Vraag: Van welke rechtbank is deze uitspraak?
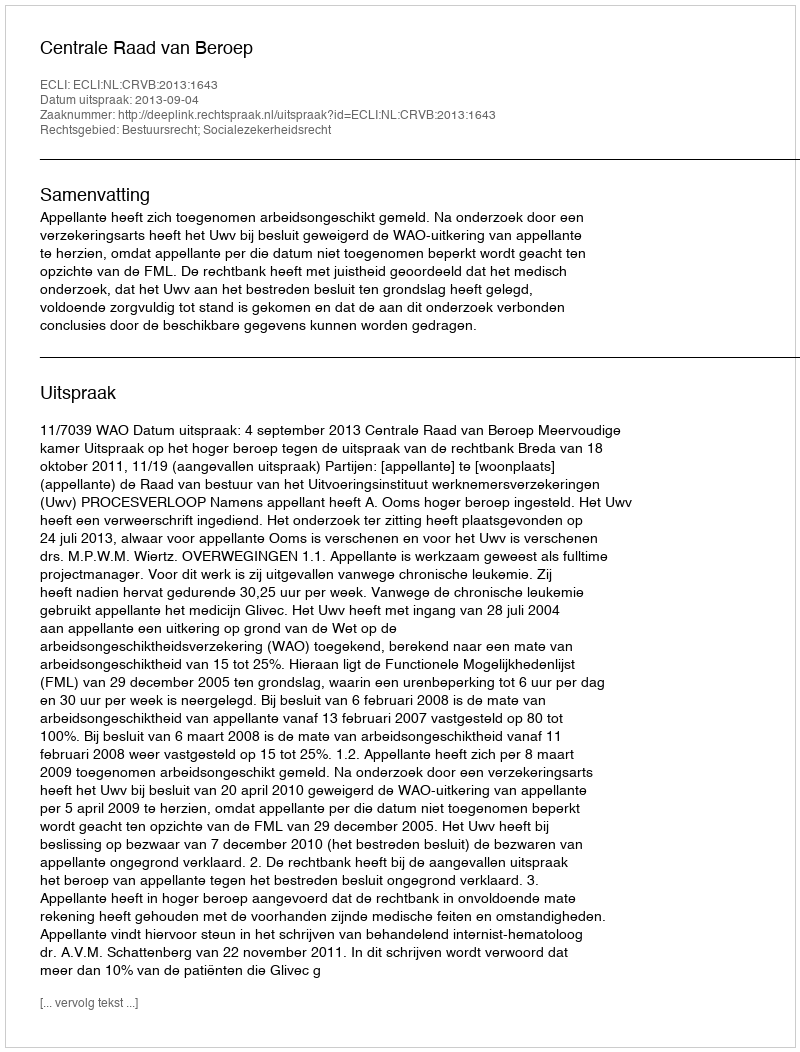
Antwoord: Centrale Raad van Beroep